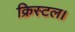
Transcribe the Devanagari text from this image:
क्रिस्टल।